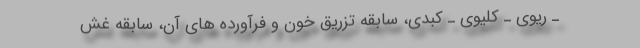
ـ ریوی ـ کلیوی ـ کبدی، سابقه تزریق خون و فرآورده های آن، سابقه غش